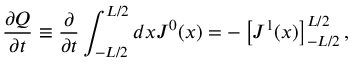
{ \frac { \partial Q } { \partial t } } \equiv { \frac { \partial } { \partial t } } \int _ { - L / 2 } ^ { L / 2 } d x J ^ { 0 } ( x ) = - \left[ J ^ { 1 } ( x ) \right] _ { - L / 2 } ^ { L / 2 } ,